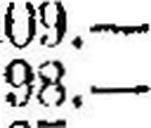
98.—